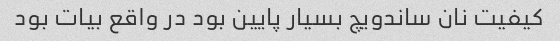
کیفیت نان ساندویچ بسیار پایین بود در واقع بیات بود